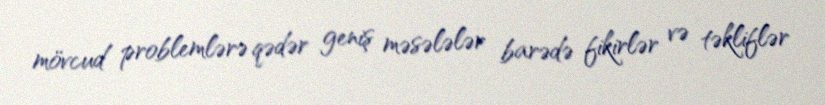
mövcud problemlərə qədər geniş məsələlər barədə fikirlər və təkliflər